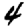
Digit: 4